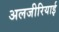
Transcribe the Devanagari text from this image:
अलजीरियाई